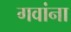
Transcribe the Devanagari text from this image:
गवांना